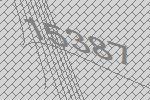
15387